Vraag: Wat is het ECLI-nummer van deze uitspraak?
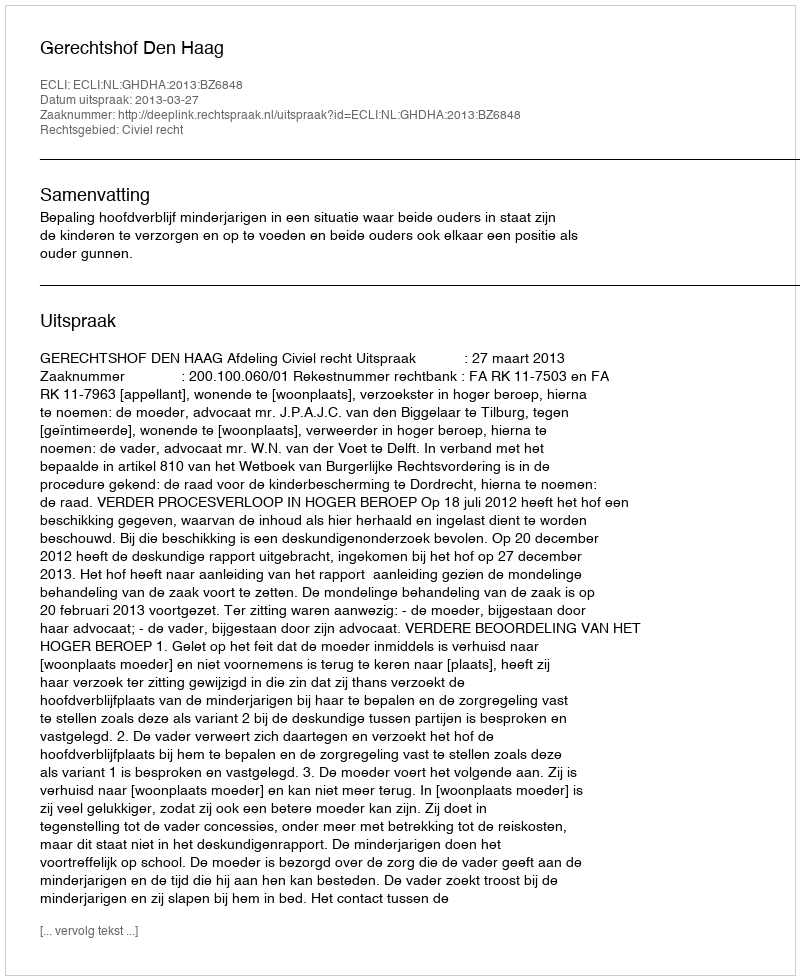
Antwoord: ECLI:NL:GHDHA:2013:BZ6848